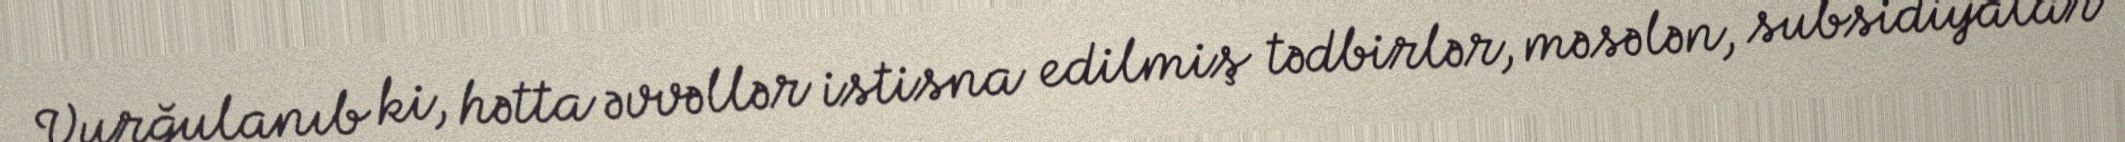
Vurğulanıb ki, hətta əvvəllər istisna edilmiş tədbirlər, məsələn, subsidiyalar